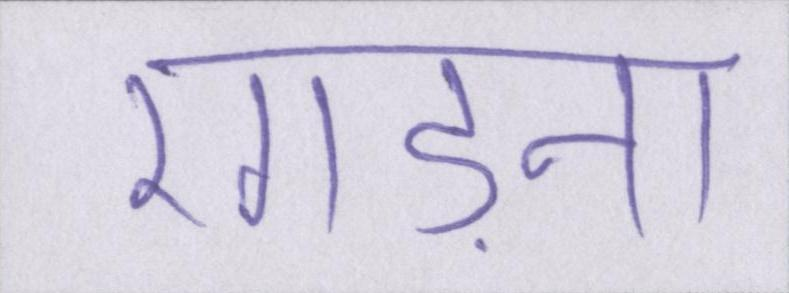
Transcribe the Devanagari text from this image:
रगड़ना